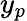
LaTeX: y_{p}